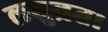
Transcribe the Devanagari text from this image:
लघुव्रत।